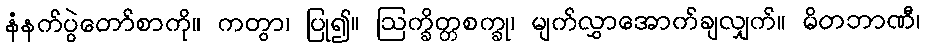
နံနက်ပွဲတော်စာကို။ ကတွာ၊ ပြု၍။ ဩက္ခိတ္တစက္ခု၊ မျက်လွှာအောက်ချလျှက်။ မိတဘာဏီ၊